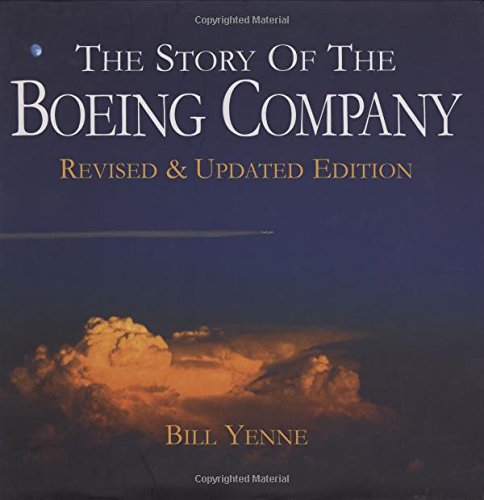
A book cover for The Story of the Boeing Company; Bill Yenne; Arts & Photography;